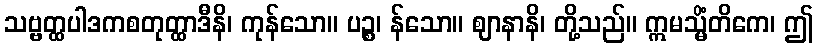
သဗ္ဗတ္ထပါဒကစတုတ္ထာဒီနိ၊ ကုန်သော။ ပဉ္စ၊ န်သော။ ဈာနာနိ၊ တို့သည်။ ဣမသ္မိံတိကေ၊ ဤ